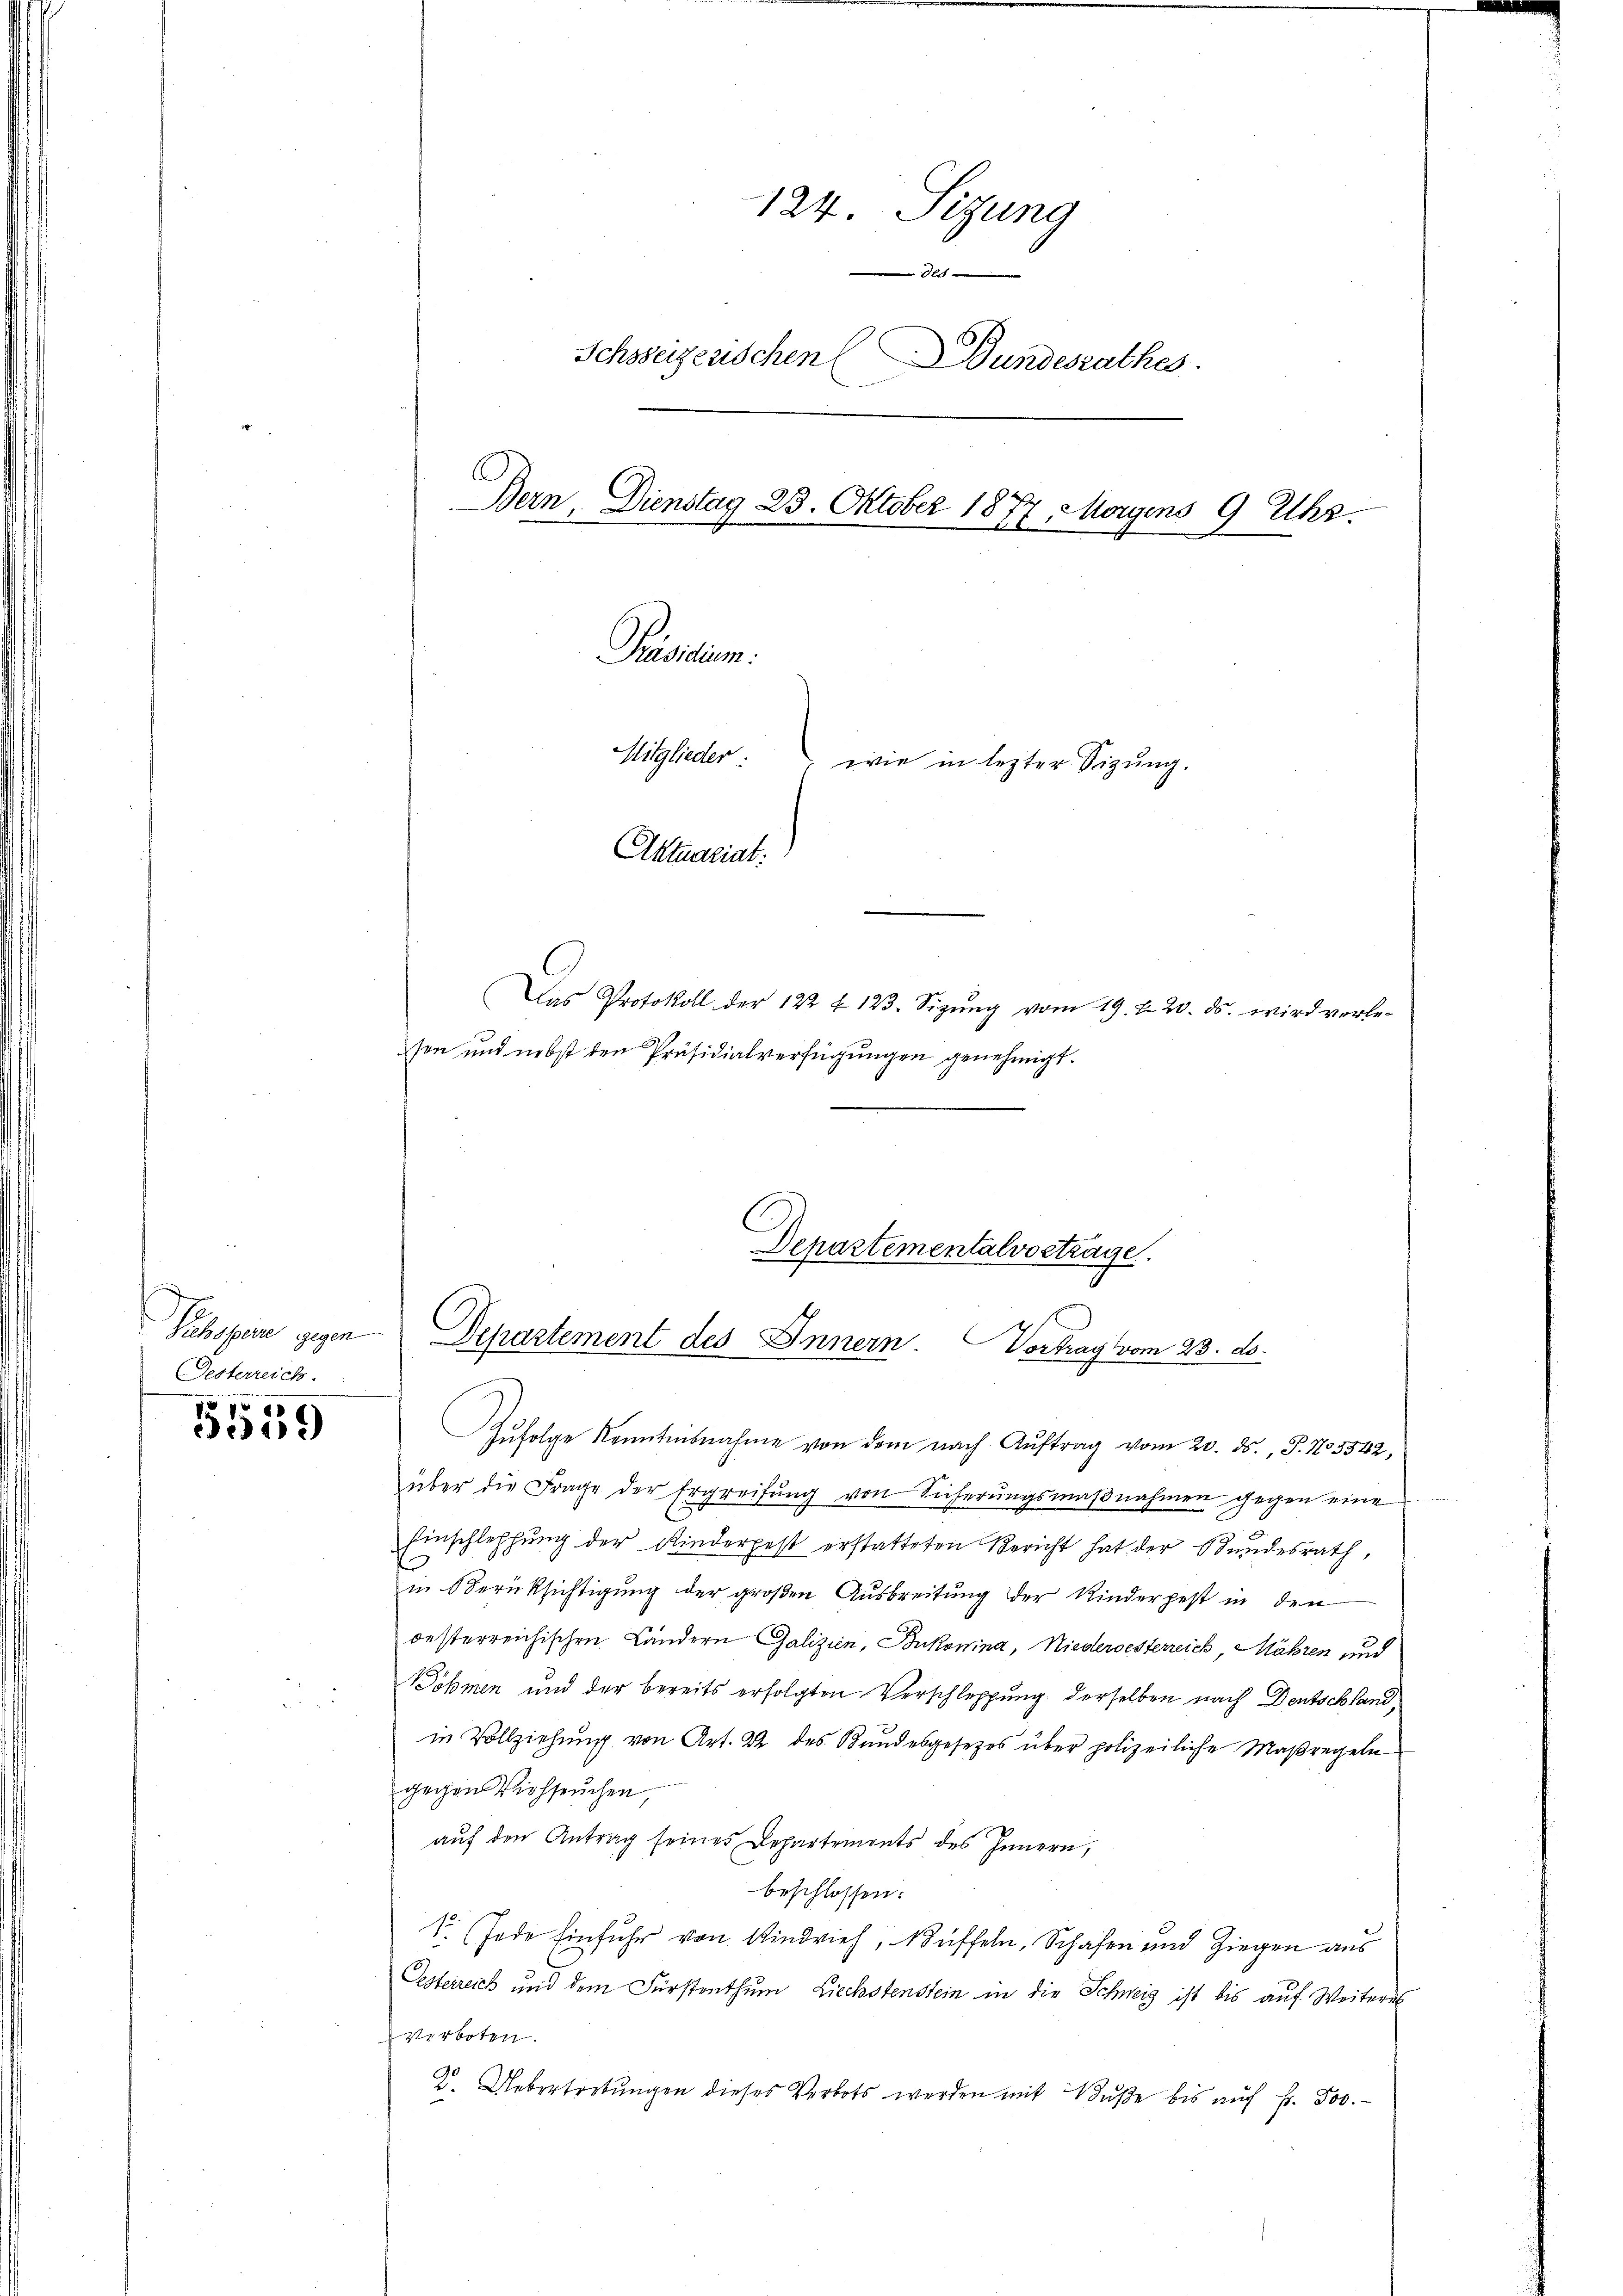
Gesterreich.

5559

Zŭfolge kanntesnahme von dem nach Aŭftrag vom 20. ds., P. No. 5542,
über die Frage der Ergreifŭng von Sicherŭngsmaβnahmen gegen eine
Einschleppung der Kinderpest erstatteten Bericht hat der Bundesrath,
in Oberüksichtigung der großen Ausbreitung der Kinderpest in den
oesterreichischen Ländern Galizien, Bukowina, Niederoesterreich, Mähren und
Söhmen und der bereits erfolgten Verschleppung derselben nach Deutschland,
in Vollziehung von Art. 22 des Bundesgesetzes über polizeiliche Maßregeln
gegen Viehseuchen,
auf den Antrag seines Departements des Innern,
beschlossen:
1. Jede Einfuhr von Rindvieh, Büffeln, Schafen und Ziegen aus
Oesterreich und dem Fürstenthum Liechstenstein in die Schweiz ist bis auf Weiteres
verboten.
2. Uebertretungen dieses Verbots werden mit Bŭβe bis aŭf Fr. 500.

124. Sizung
0x
Schweizenschen (Bundesrathes
Bern, Dienstag 23. Oktober 1877 Morgens 9 Uhr.
Präsidium.
Mitglieder:
wie in lezter Sizung.
Aktuariat:

Das Protokoll der 122 f 123. Sizŭng vom 19. f. 20. ds. wird vorle-
sen und nebst den Präsidialverfügungen genehmigt.

Departementalvortrage
Siehsperre gegen Departement des Innern. Vortrag vom 23. ds.